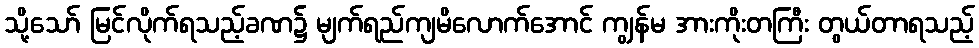
သို့သော် မြင်လိုက်ရသည့်ခဏ၌ မျက်ရည်ကျမိလောက်အောင် ကျွန်မ အားကိုးတကြီး တွယ်တာရသည့်